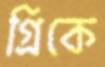
গ্রিকে